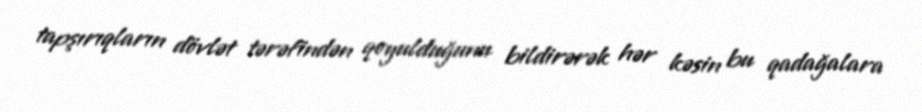
tapşırıqların dövlət tərəfindən qoyulduğunu bildirərək hər kəsin bu qadağalara